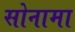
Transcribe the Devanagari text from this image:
सोनामा